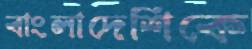
বাংলাদেশিকে